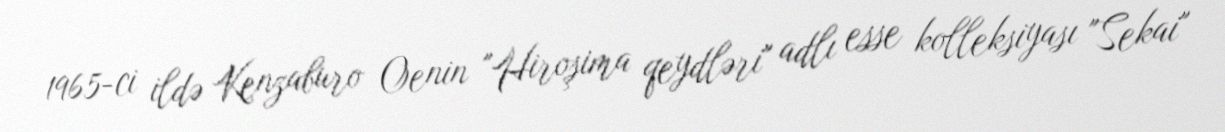
1965-ci ildə Kenzaburo Oenin "Hiroşima qeydləri" adlı esse kolleksiyası "Sekai"